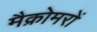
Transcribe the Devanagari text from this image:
मैक्रोमरों